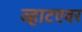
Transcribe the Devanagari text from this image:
व्हाटएवर